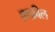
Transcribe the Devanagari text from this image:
क़फ़ील